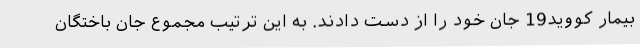
بیمار کووید19 جان خود را از دست دادند. به این ترتیب مجموع جان باختگان